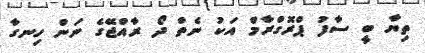
ތިޔާ ބީ ސާފު ޕްރޮގްރާމް އަކު ނެތް ދޯ ރާއްޖޭގެ ނަން ހިނގާ